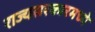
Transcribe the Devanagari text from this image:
राज्यसरकारमध्ये